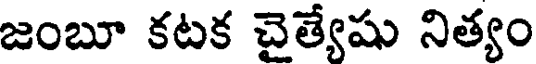
జంబూ కటక చైత్యేషు నిత్యం